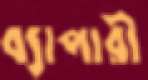
ব্যাপারী